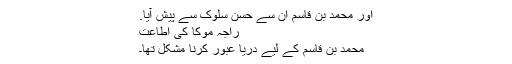
اور محمد بن قاسم ان سے حسن سلوک سے پیش آیا.
راجہ موکا کی اطاعت
محمد بن قاسم کے لیے دریا عبور کرنا مشکل تھا۔